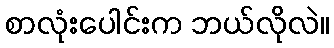
စာလုံးပေါင်းက ဘယ်လိုလဲ။